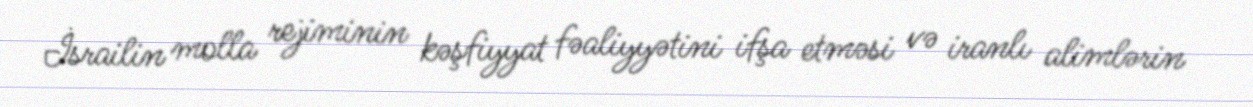
İsrailin molla rejiminin kəşfiyyat fəaliyyətini ifşa etməsi və iranlı alimlərin